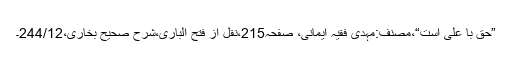
”حق با علی است“،مصنف:مہدی فقیہ ایمانی، صفحہ215،نقل از فتح الباری،شرح صحیح بخاری،244/12۔